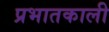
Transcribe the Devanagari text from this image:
प्रभातकाली